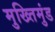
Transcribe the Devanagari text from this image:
मुख्तिमुंड